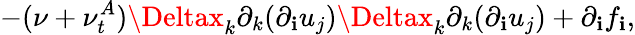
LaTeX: -(\nu+\nu_{t}^{A})\Deltax_{k}\partial_{k}(\partial_{\mathbf{i}}u_{j})\Deltax_{k}\partial_{k}(\partial_{\mathbf{i}}u_{j})+\partial_{\mathbf{i}}f_{\mathbf{i}},